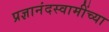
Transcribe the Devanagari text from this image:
प्रज्ञानंदस्वामींच्या